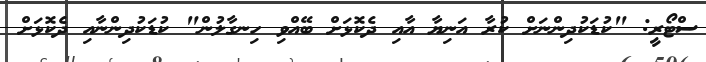
ސްޓޯރީ: "ކުޑަކުދިންނަށް ކުރާ އަނިޔާ އާއި ދެކޮޅަށް ބޭއްވި ހިނގާލުން" ކުޑަކުދިންނާއި ދެކޮޅަށް